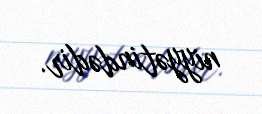
niyyətindədir.